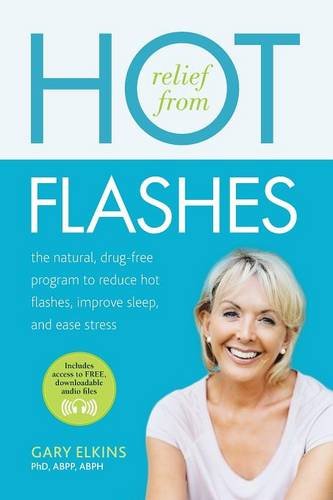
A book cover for Relief from Hot Flashes: "The Natural, Drug-Free Program to Reduce Hot Flashes, Improve Sleep, and Ease Stress"; Gary Elkins PhD  ABPP  ABPH; Self-Help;